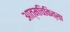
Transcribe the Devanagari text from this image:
आत्मचिकित्सा